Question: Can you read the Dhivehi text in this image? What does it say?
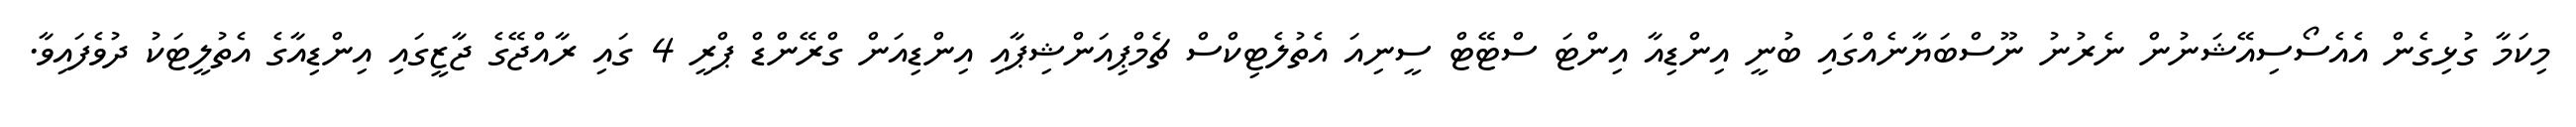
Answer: މިކަމާ ގުޅިގެން އެއެސޯސިއޭޝަނުން ނެރުނު ނޫސްބަޔާނެއްގައި ބުނީ އިންޑިއާ އިންޓަ ސްޓޭޓް ސީނިއަ އެތުލެޓިކްސް ޗެމްޕިއަންޝިޕާއި އިންޑިއަން ގްރޭންޑް ޕްރީ 4 ގައި ރާއްޖޭގެ ޖާޒީގައި އިންޑިއާގެ އެތުލީޓަކު ދުވެފައިވާ.